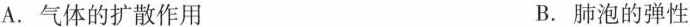
A. 气体的扩散作用 B. 肺泡的弹性